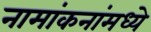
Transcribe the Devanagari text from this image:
नामांकनांमध्ये